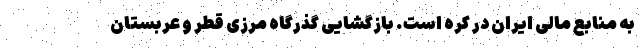
به منابع مالی ایران در کره است. بازگشایی گذرگاه مرزی قطر و عربستان